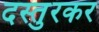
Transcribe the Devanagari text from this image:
दस्तुरकर